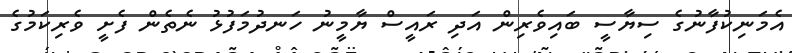
އެމަނިކުފާނުގެ ސިޔާސީ ބައިވެރިން އަދި ރައީސް ޔާމީނު ހަނދުމަފުޅު ނެތެން ފެށީ ވެރިކަމުގެ